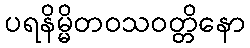
ပရနိမ္မိတဝသဝတ္တိနော